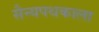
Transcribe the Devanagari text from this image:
सैन्यपथकाला